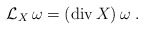
\begin{align*}{\mathcal L}_X \, \omega = ({\rm div}\, X ) \, \omega \; .\end{align*}